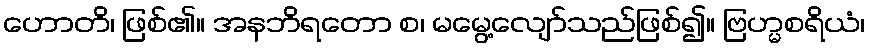
ဟောတိ၊ ဖြစ်၏။ အနဘိရတော စ၊ မမွေ့လျော်သည်ဖြစ်၍။ ဗြဟ္မစရိယံ၊